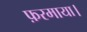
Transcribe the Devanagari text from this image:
फ़रमाया।